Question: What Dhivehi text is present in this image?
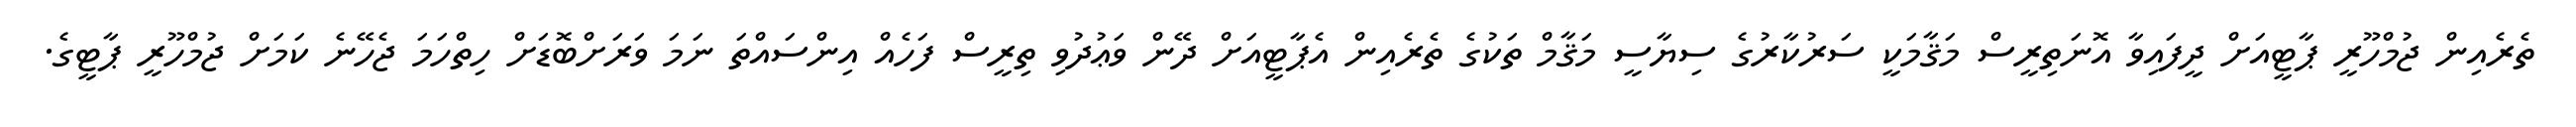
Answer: ތެރެއިން ޖުމްހޫރީ ޕާޓީއަށް ދީފައިވާ އޮނަތިރީސް މަޤާމަކީ ސަރުކާރުގެ ސިޔާސީ މަޤާމް ތަކުގެ ތެރެއިން އެޕާޓީއަށް ދޭން ވަޢުދުވި ތިރީސް ފަހެއް އިންސައްތަ ނަމަ ވަރަށްބޮޑަށް ހިތްހަމަ ޖެހޭނެ ކަމަށް ޖުމްހޫރީ ޕާޓީގެ.